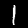
Digit: 1